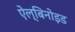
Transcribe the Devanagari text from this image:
ऐल्बिनोइड